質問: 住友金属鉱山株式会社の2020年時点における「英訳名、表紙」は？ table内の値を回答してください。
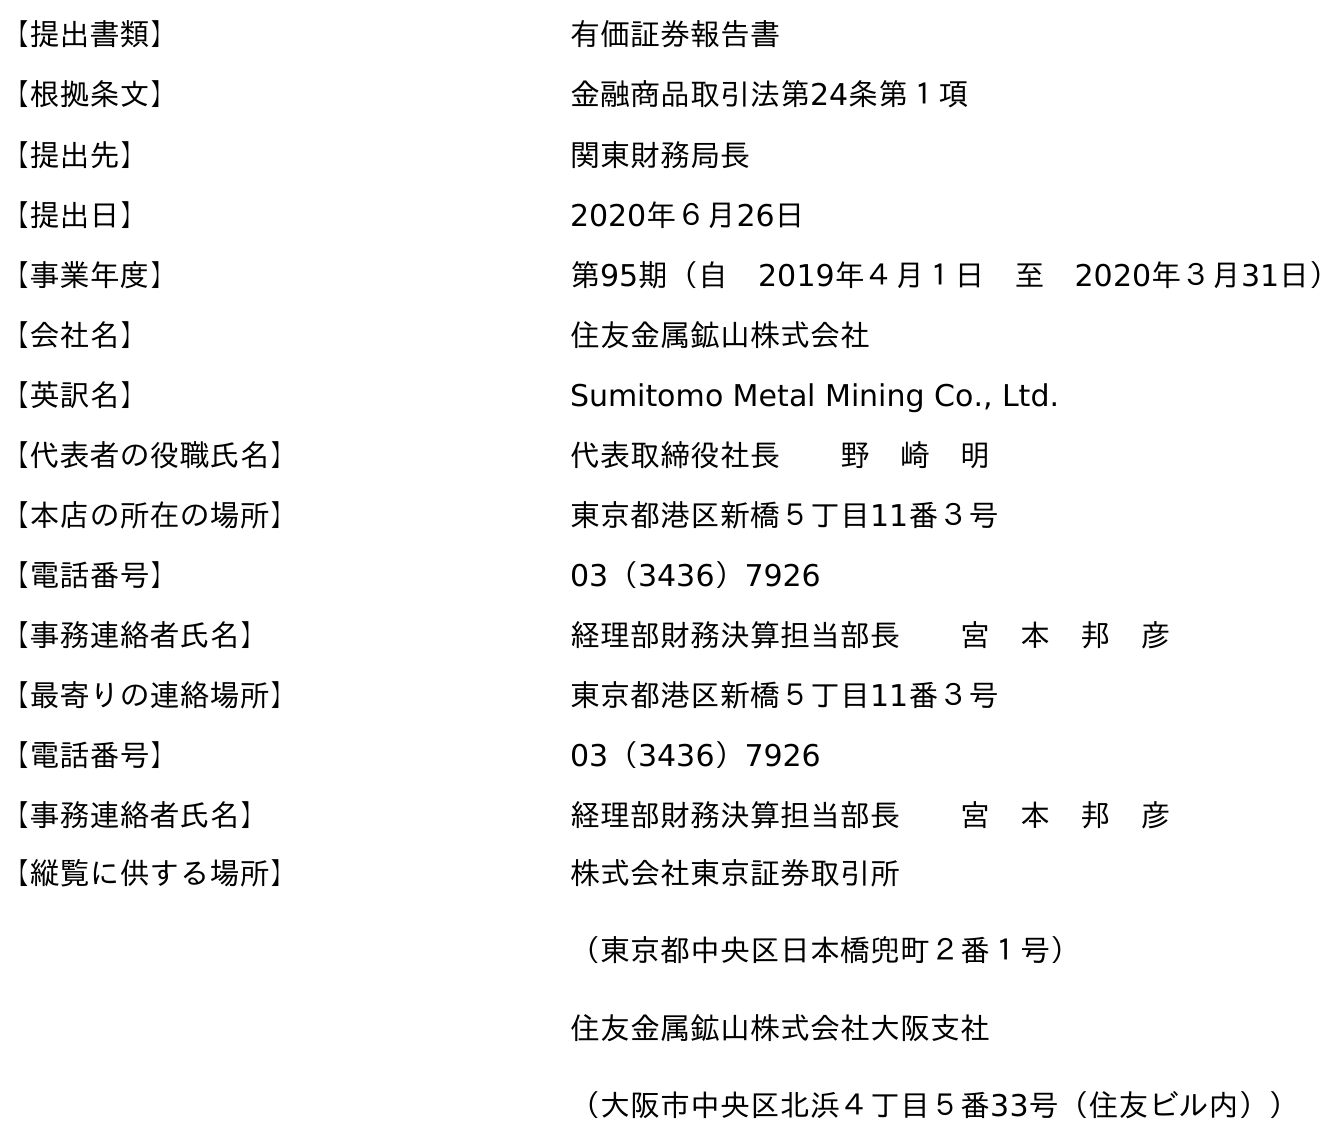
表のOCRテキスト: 【提出書類】 有価証券報告書 【根拠条文】 金融商品取引法第24条第１項 【提出先】 関東財務局長 【提出日】 2020年６月26日 【事業年度】 第95期（自 2019年４月１日 至 2020年３月31日） 【会社名】 住友金属鉱山株式会社 【英訳名】 Sumitomo Metal Mining Co., Ltd. 【代表者の役職氏名】 代表取締役社長  野 崎 明 【本店の所在の場所】 東京都港区新橋５丁目11番３号 【電話番号】 03（3436）7926 【事務連絡者氏名】 経理部財務決算担当部長  宮 本 邦 彦 【最寄りの連絡場所】 東京都港区新橋５丁目11番３号 【電話番号】 03（3436）7926 【事務連絡者氏名】 経理部財務決算担当部長  宮 本 邦 彦 【縦覧に供する場所】 株式会社東京証券取引所 （東京都中央区日本橋兜町２番１号） 住友金属鉱山株式会社大阪支社 （大阪市中央区北浜４丁目５番33号（住友ビル内））
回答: Sumitomo Metal Mining Co., Ltd.